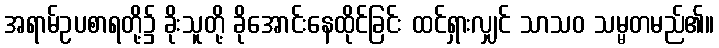
အရာမ်ဥပစာရတို့၌ ခိုးသူတို့ ခိုအောင်းနေထိုင်ခြင်း ထင်ရှားလျှင် သာသဝ သမ္မတမည်၏။